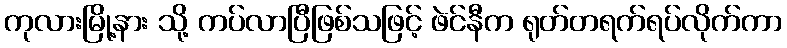
ကုလားမြို့နား သို့ ကပ်လာပြီဖြစ်သဖြင့် ဖဲင်နီက ရုတ်တရက်ရပ်လိုက်ကာ